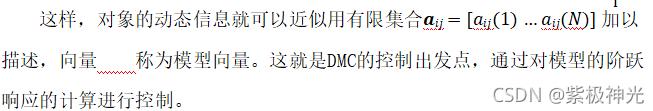
这样，对象的动态信息就可以近似用有限集合$\boldsymbol{a}_{ij} = [a_{ij}(1) \cdots a_{ij}(N)]^1$加以描述，向量$\boldsymbol{a}_{ij}$称为模型向量。这就是DMC的控制出发点，通过对模型的阶跃响应的计算进行控制。